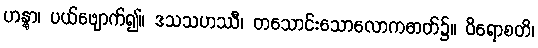
ဟန္တွာ၊ ပယ်ဖျောက်၍။ ဒသသဟဿီ၊ တသောင်းသောလောကဓာတ်၌။ ဝိရောစတိ၊